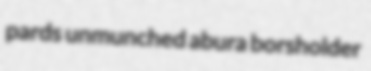
pards unmunched abura borsholder